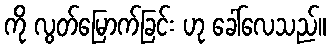
ကို လွတ်မြောက်ခြင်း ဟု ခေါ်လေသည်။